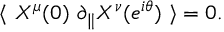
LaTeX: \langle \ X ^ { \mu } ( 0 ) \ \partial _ { \parallel } X ^ { \nu } ( e ^ { i \theta } ) \ \rangle = 0 .